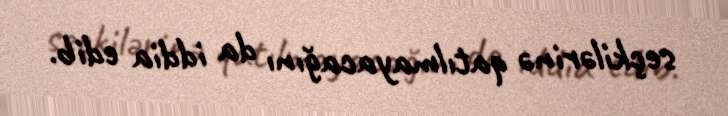
seçkilərinə qatılmayacağını da iddia edib.